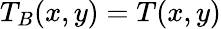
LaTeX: T_{B}(x,y)=T(x,y)